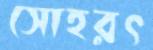
সোহরৎ